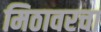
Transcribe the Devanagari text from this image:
मिठावरचा